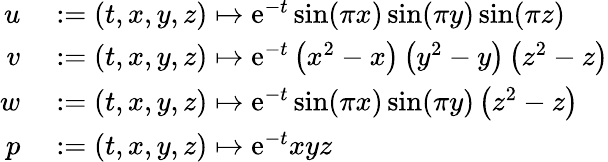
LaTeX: \begin{array}{rl}{u}&{{}:=(t,x,y,z)\mapsto\mathrm{e}^{-t}\sin(\pi x)\sin(\pi y)\sin(\pi z)}\\ {v}&{{}:=(t,x,y,z)\mapsto\mathrm{e}^{-t}\left(x^{2}-x\right)\left(y^{2}-y\right)\left(z^{2}-z\right)}\\ {w}&{{}:=(t,x,y,z)\mapsto\mathrm{e}^{-t}\sin(\pi x)\sin(\pi y)\left(z^{2}-z\right)}\\ {p}&{{}:=(t,x,y,z)\mapsto\mathrm{e}^{-t}xyz}\end{array}